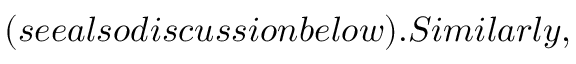
( s e e a l s o d i s c u s s i o n b e l o w ) . S i m i l a r l y ,